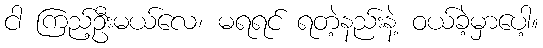
ငါ ကြည့်ဦးမယ်လေ၊ မရရင် ရတဲ့နည်းနဲ့ ဝယ်ခဲ့မှာပေါ့။